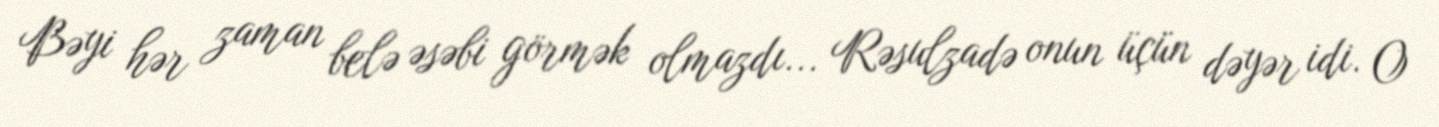
Bəyi hər zaman belə əsəbi görmək olmazdı... Rəsulzadə onun üçün dəyər idi. O